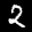
Label: 2